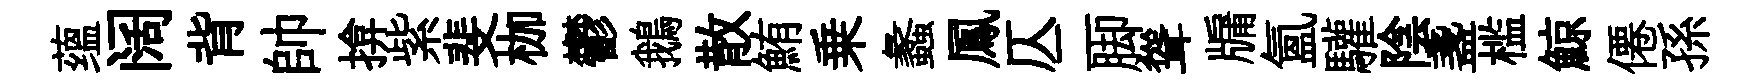
蕴阔背帥揜紫斐枷鬱鵝散鮪乗蠡鳳仄二脚聳牖氲驩陰盞槛鯨僊孫